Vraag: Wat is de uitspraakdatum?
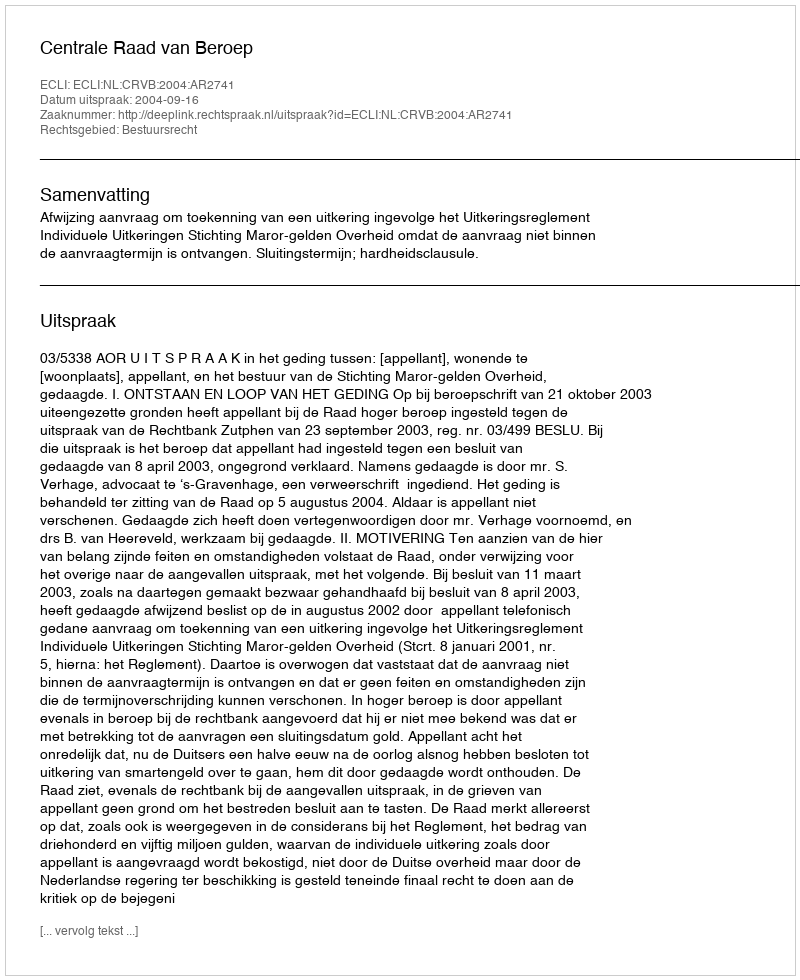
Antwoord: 2004-09-16